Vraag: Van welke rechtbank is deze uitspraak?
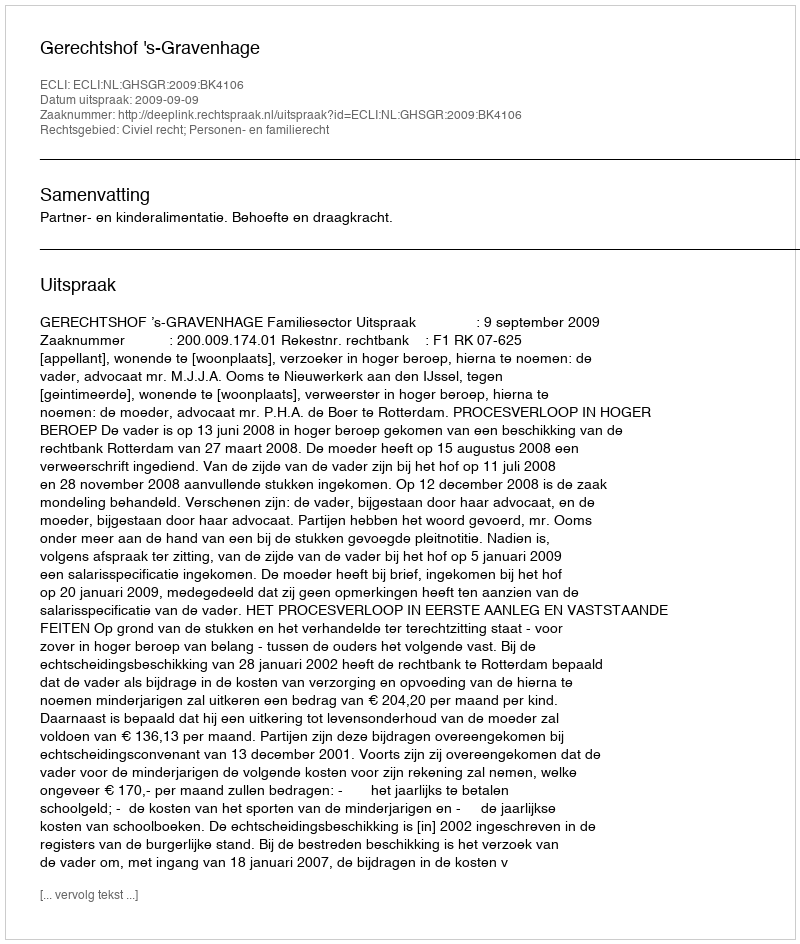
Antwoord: Gerechtshof 's-Gravenhage